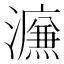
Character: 𰝩